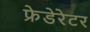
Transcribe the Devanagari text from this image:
फ्रेडेरेटर